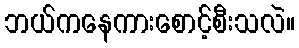
ဘယ်ကနေကားစောင့်စီးသလဲ။